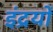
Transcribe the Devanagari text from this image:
इंद्रयों